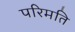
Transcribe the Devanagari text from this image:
परिमति